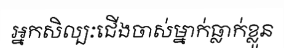
អ្នកសិល្បៈជើងចាស់ម្នាក់ធ្លាក់ខ្លួន